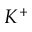
K ^ { + }